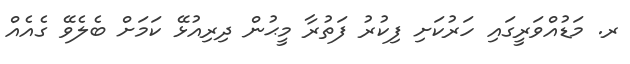
ރ. މަޑުއްވަރީގައި ހަރުކަށި ފިކުރު ފަތުރާ މީޙުން ދިރިއުޅޭ ކަމަށް ބެލެވޭ ގެއެއް